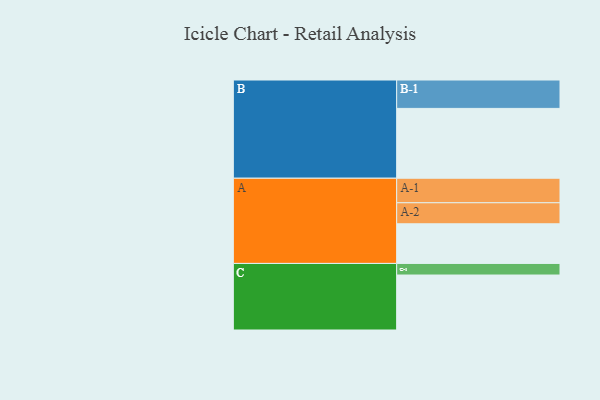
{"axis": {"x": "Segment", "y": "Value"}, "legend": ["", "A", "B", "C"], "data": [{"x": "A", "y": 328, "type": ""}, {"x": "B", "y": 578, "type": ""}, {"x": "C", "y": 455, "type": ""}, {"x": "A-1", "y": 203, "type": "A"}, {"x": "A-2", "y": 174, "type": "A"}, {"x": "B-1", "y": 235, "type": "B"}, {"x": "C-1", "y": 96, "type": "C"}]}